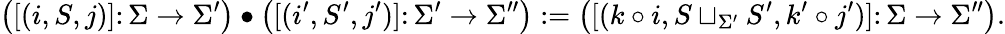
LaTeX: \big([(i,S,j)]\colon\Sigma\to\Sigma^{\prime}\big)\bullet\big([(i^{\prime},S^{\prime},j^{\prime})]\colon\Sigma^{\prime}\to\Sigma^{\prime\prime}\big):=\big([(k\circ i,S\sqcup_{\Sigma^{\prime}}S^{\prime},k^{\prime}\circ j^{\prime})]\colon\Sigma\to\Sigma^{\prime\prime}\big).